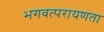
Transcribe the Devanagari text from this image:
भगवत्परायणता